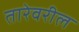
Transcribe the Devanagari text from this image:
तारेवरील